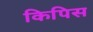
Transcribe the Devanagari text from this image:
किपिस